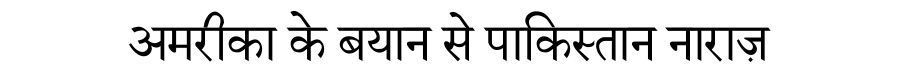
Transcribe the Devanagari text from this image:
अमरीका के बयान से पाकिस्तान नाराज़